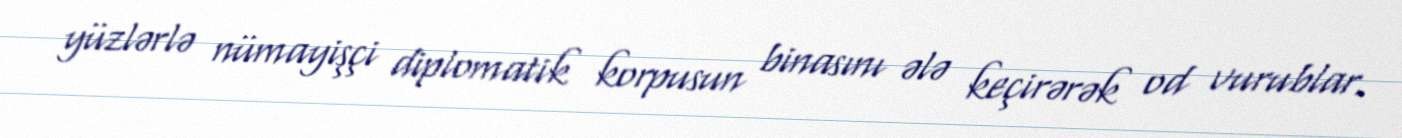
yüzlərlə nümayişçi diplomatik korpusun binasını ələ keçirərək od vurublar.